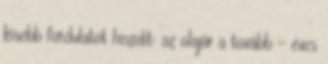
kisebb fordulatot hozott: az olajár a tovább - éves